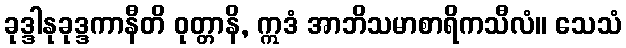
ခုဒ္ဒါနုခုဒ္ဒကာနီတိ ဝုတ္တာနိ, ဣဒံ အာဘိသမာစာရိကသီလံ။ သေသံ